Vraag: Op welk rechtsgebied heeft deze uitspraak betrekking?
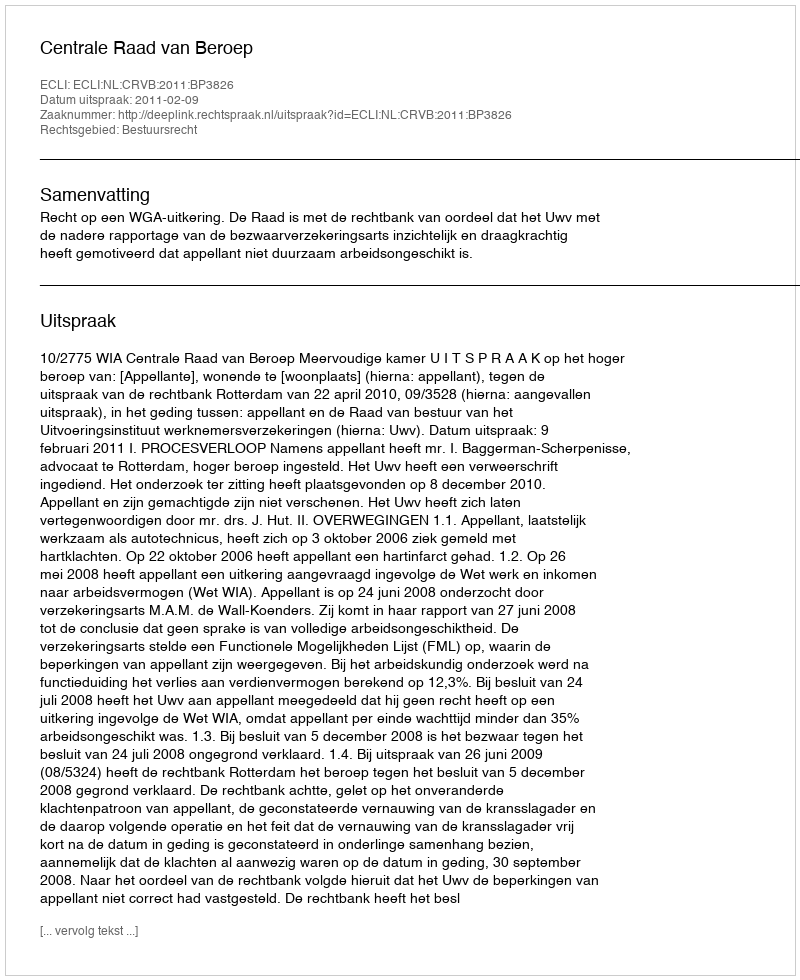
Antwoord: Bestuursrecht